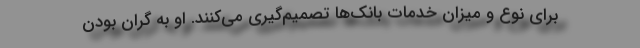
برای نوع و میزان خدمات بانک‌ها تصمیم‌گیری می‌کنند. او به گران بودن